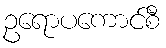
ဥရောပကောင်စီ